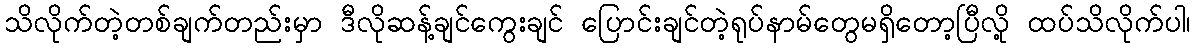
သိလိုက်တဲ့တစ်ချက်တည်းမှာ ဒီလိုဆန့်ချင်ကွေးချင် ပြောင်းချင်တဲ့ရုပ်နာမ်တွေမရှိတော့ပြီလို့ ထပ်သိလိုက်ပါ၊